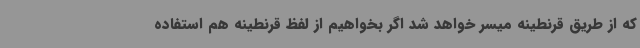
که از طریق قرنطینه میسر خواهد شد اگر بخواهیم از لفظ قرنطینه هم استفاده